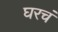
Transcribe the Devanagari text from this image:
घरचं